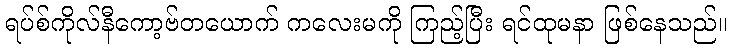
ရပ်စ်ကိုလ်နီကော့ဗ်တယောက် ကလေးမကို ကြည့်ပြီး ရင်ထုမနာ ဖြစ်နေသည်။